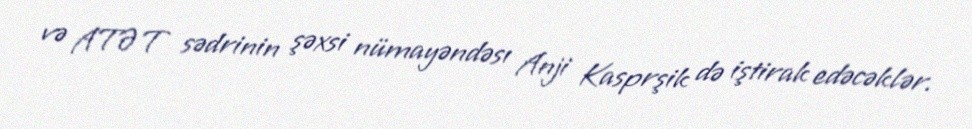
və ATƏT sədrinin şəxsi nümayəndəsı Anji Kasprşik də iştirak edəcəklər.